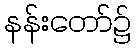
နန်းတော်၌